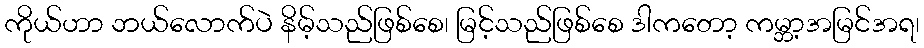
ကိုယ်ဟာ ဘယ်လောက်ပဲ နိမ့်သည်ဖြစ်စေ၊ မြင့်သည်ဖြစ်စေ ဒါကတော့ ကမ္ဘာ့အမြင်အရ၊